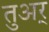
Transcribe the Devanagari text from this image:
तुअर्